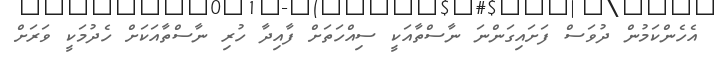
އެހެންކަމުން ދުވަސް ފަށައިގަންނަ ނާސްތާއަކީ ސިއްހަތަށް ފާއިދާ ހުރި ނާސްތާއަކަށް ހެދުމަކީ ވަރަށް